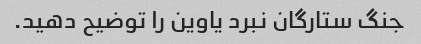
جنگ ستارگان نبرد یاوین را توضیح دهید.